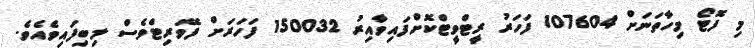
މި ފޮޓޯ މިހާތަނަށް 107604 ފަހަރު ރީޓްވީޓްކޮށްފައިވާއިރު 150032 ފަހަރަށް ފޭވަރިޓްވެސް ލިބިފައިވެއެވެ.